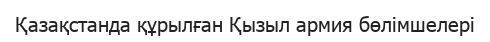
Қазақстанда құрылған Қызыл армия бөлімшелері